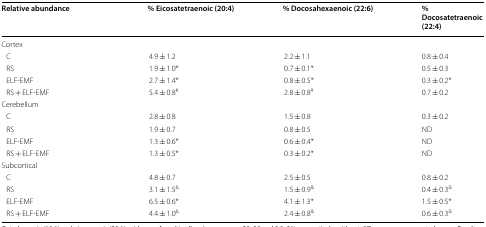
<table><thead><tr><td><b>Relative abundance</b></td><td><b>% Eicosatetraenoic (20:4)</b></td><td><b>% Docosahexaenoic (22:6)</b></td><td><b>% Docosatetraenoic (22:4)</b></td></tr></thead><tbody><tr><td colspan="4">Cortex</td></tr><tr><td> C</td><td>4.9 ± 1.2</td><td>2.2 ± 1.1</td><td>0.8 ± 0.4</td></tr><tr><td> RS</td><td>1.9 ± 1.0*</td><td>0.7 ± 0.1*</td><td>0.5 ± 0.3</td></tr><tr><td> ELF-EMF</td><td>2.7 ± 1.4*</td><td>0.8 ± 0.5*</td><td>0.3 ± 0.2*</td></tr><tr><td> RS + ELF-EMF</td><td>5.4 ± 0.8<sup>#</sup></td><td>2.8 ± 0.8<sup>#</sup></td><td>0.7 ± 0.2</td></tr><tr><td colspan="4">Cerebellum</td></tr><tr><td> C</td><td>2.8 ± 0.8</td><td>1.5 ± 0.8</td><td>0.3 ± 0.2</td></tr><tr><td> RS</td><td>1.9 ± 0.7</td><td>0.8 ± 0.5</td><td>ND</td></tr><tr><td> ELF-EMF</td><td>1.3 ± 0.6*</td><td>0.6 ± 0.4*</td><td>ND</td></tr><tr><td> RS + ELF-EMF</td><td>1.3 ± 0.5*</td><td>0.3 ± 0.2*</td><td>ND</td></tr><tr><td colspan="4">Subcortical</td></tr><tr><td> C</td><td>4.8 ± 0.7</td><td>2.5 ± 0.5</td><td>0.8 ± 0.2</td></tr><tr><td> RS</td><td>3.1 ± 1.5<sup>&amp;</sup></td><td>1.5 ± 0.9<sup>&amp;</sup></td><td>0.4 ± 0.3<sup>&amp;</sup></td></tr><tr><td> ELF-EMF</td><td>6.5 ± 0.6*</td><td>4.1 ± 1.3*</td><td>1.5 ± 0.5*</td></tr><tr><td> RS + ELF-EMF</td><td>4.4 ± 1.0<sup>&amp;</sup></td><td>2.4 ± 0.8<sup>&amp;</sup></td><td>0.6 ± 0.3<sup>&amp;</sup></td></tr></tbody></table>